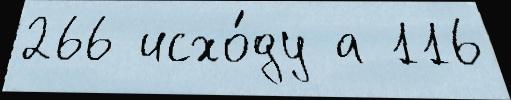
266 исхо́ду а 116